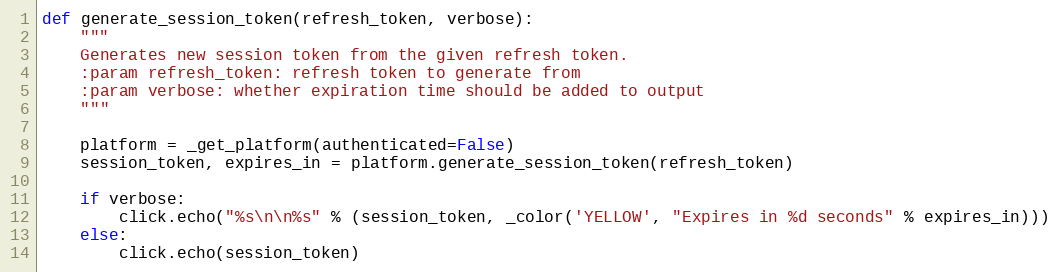
Language: Python
def generate_session_token(refresh_token, verbose):
    """
    Generates new session token from the given refresh token.
    :param refresh_token: refresh token to generate from
    :param verbose: whether expiration time should be added to output
    """

    platform = _get_platform(authenticated=False)
    session_token, expires_in = platform.generate_session_token(refresh_token)

    if verbose:
        click.echo("%s\n\n%s" % (session_token, _color('YELLOW', "Expires in %d seconds" % expires_in)))
    else:
        click.echo(session_token)